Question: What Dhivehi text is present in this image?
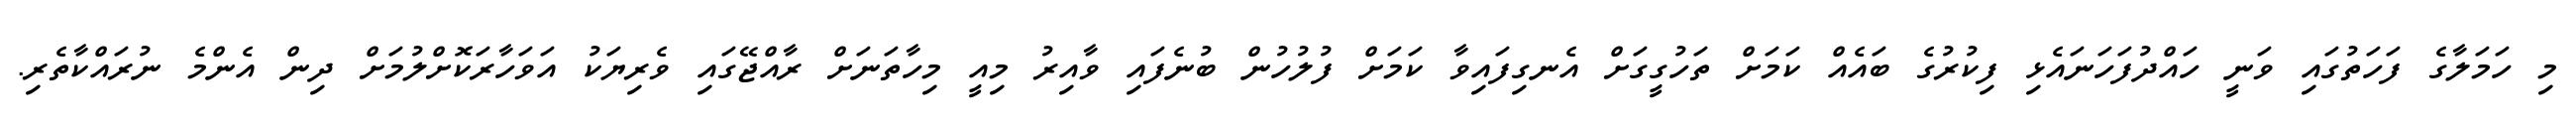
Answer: މި ހަމަލާގެ ފަހަތުގައި ވަނީ ހައްދުފަހަނައެޅި ފިކުރުގެ ބައެއް ކަމަށް ތަހުގީގަށް އެނގިފައިވާ ކަމަށް ފުލުހުން ބުނެފައި ވާއިރު މިއީ މިހާތަނަށް ރާއްޖޭގައި ވެރިޔަކު އަވަހާރަކޮށްލުމަށް ދިން އެންމެ ނުރައްކާތެރި.